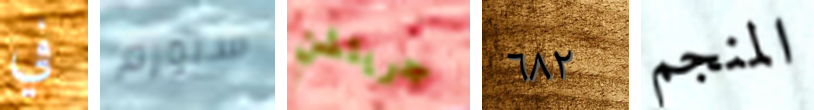
في ستورم جريتشن ٦٨٢ المنجم